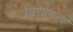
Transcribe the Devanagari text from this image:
विद्यातत्व